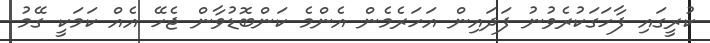
ކުރީގައި ފާހަގަކުރެވުނު ފަދައިން އަހަރެމެން އެންމެ ކަންބޮޑުވާން ޖެހޭ އެއް ކަމަކީ ގޭމު